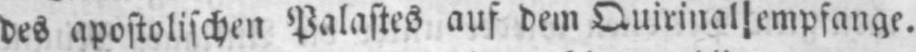
des apostolischen Palastes auf dem Quirinal empfange.